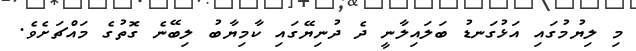
މި ލިޔުމުގައި އަޅުގަނޑު ބަލައިލާނީ ދެ ދުނިޔޭގައި ކާމިޔާބު ލިބޭނެ ގޮތުގެ މައްޗަށެވެ.